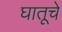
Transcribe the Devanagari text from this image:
घातूचे